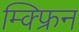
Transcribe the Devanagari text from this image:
म्क्फ्रिन